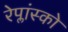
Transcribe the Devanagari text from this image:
रेप्लांस्को